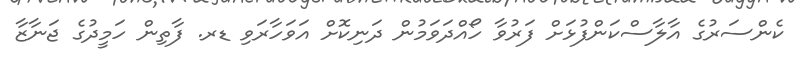
ކެންސަރުގެ އާލާސްކަންފުޅަށް ފަރުވާ ހޯއްދަވަމުން ދަނިކޮށް އަވަހާރަވި ޑރ. ފާތިން ހަމީދުގެ ޖަނާޒާ